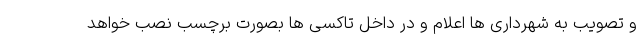
و تصویب به شهرداری ها اعلام و در داخل تاکسی ها بصورت برچسب نصب خواهد